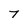
Character: 7